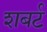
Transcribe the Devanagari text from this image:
शबर्ट